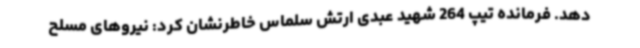
دهد. فرمانده تیپ 264 شهید عبدی ارتش سلماس خاطرنشان کرد: نیروهای مسلح